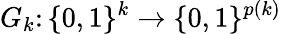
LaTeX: G_{k}\colon\{ 0,1\} ^{k}\to\{ 0,1\} ^{p(k)}